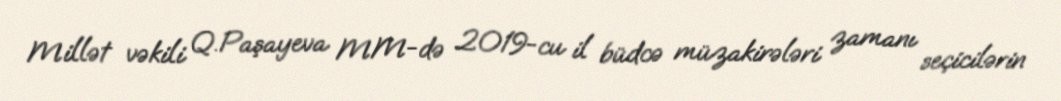
Millət vəkili Q.Paşayeva MM-də 2019-cu il büdcə müzakirələri zamanı seçicilərin